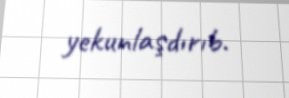
yekunlaşdırıb.